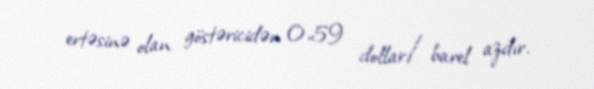
ertəsinə olan göstəricidən 0,59 dollar/barel azdır.